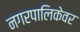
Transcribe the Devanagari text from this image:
नगरपालिकेवर